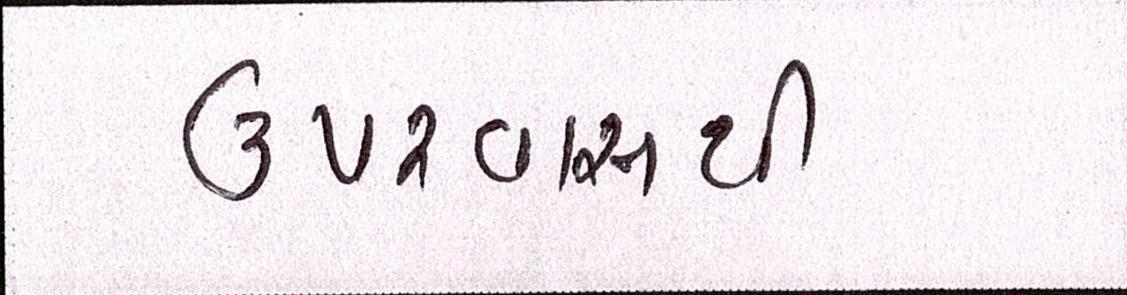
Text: ઉપરવાસથી